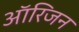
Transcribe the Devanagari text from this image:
आॅरिजन